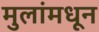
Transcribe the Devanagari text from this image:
मुलांमधून